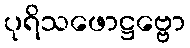
ပုရိသဖောဋ္ဌဗ္ဗော